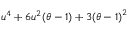
u ^ { 4 } + 6 u ^ { 2 } ( \theta - 1 ) + 3 { ( \theta - 1 ) } ^ { 2 }